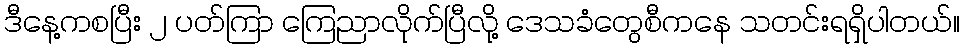
ဒီနေ့ကစပြီး ၂ ပတ်ကြာ ကြေညာလိုက်ပြီလို့ ဒေသခံတွေစီကနေ သတင်းရရှိပါတယ်။